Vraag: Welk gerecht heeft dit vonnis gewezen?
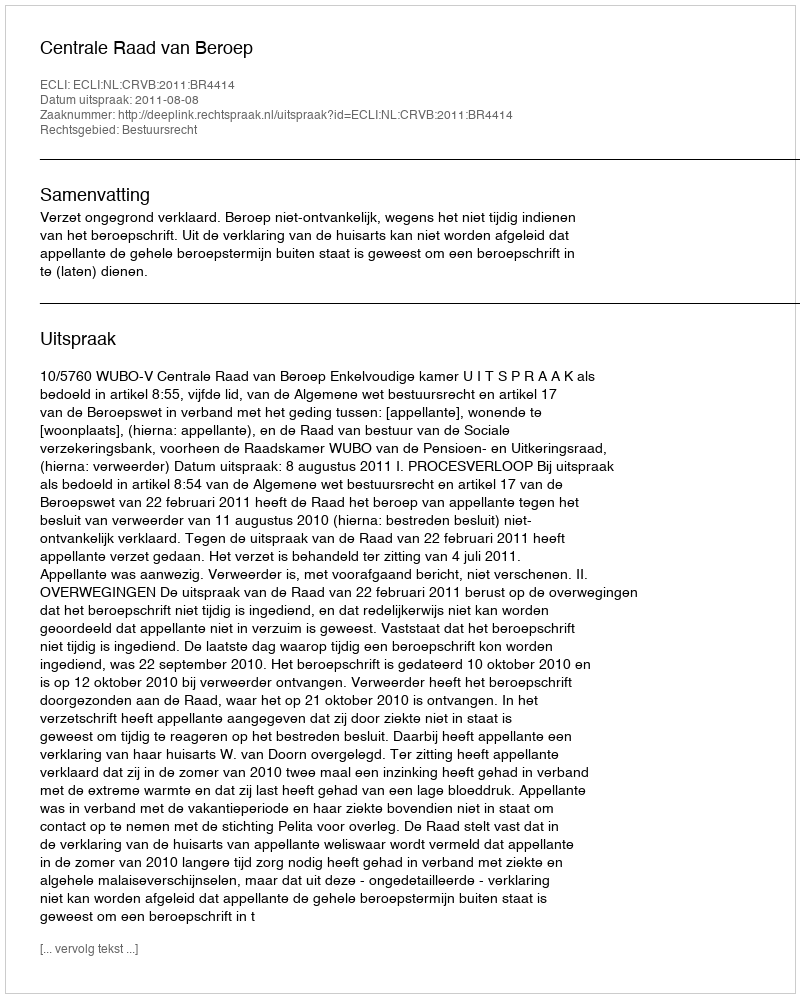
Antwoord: Centrale Raad van Beroep